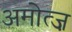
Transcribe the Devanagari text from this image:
अमोत्ज़